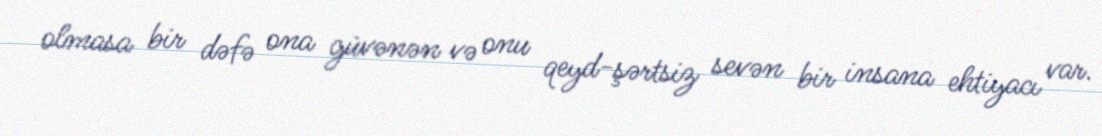
olmasa bir dəfə ona güvənən və onu qeyd-şərtsiz sevən bir insana ehtiyacı var.